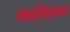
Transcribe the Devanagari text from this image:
लढवितांना